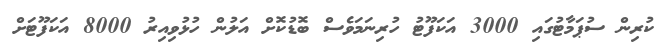
ކުރިން ސުޕަމާޓުގައި 3000 އަކަފޫޓު ހުރިނަމަވެސް ބޮޑުކޮށް އަލުން ހުޅުވިއިރު 8000 އަކަފޫޓަށް